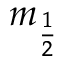
m _ { \frac { 1 } { 2 } }